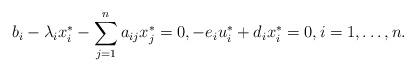
LaTeX: \begin{align*}\displaystyle{b_i-\lambda_i x_i^*-\sum_{j=1}^n a_{ij} x_j^*=0, -e_i u_i^*+d_i x_i^*=0, i=1,\ldots,n}.\end{align*}